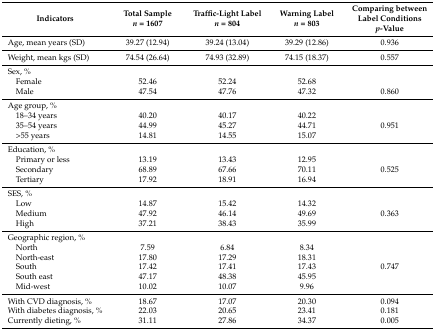
| Indicators | Total Sample n = 1607 | Traffic-Light Label n = 804 | Warning Label n = 803 | Comparing between Label Conditions p-Value |
 | --- | --- | --- | --- | --- |
 | Age, mean years (SD) | 39.27 (12.94) | 39.24 (13.04) | 39.29 (12.86) | 0.936 |
 | Weight, mean kgs (SD) | 74.54 (26.64) | 74.93 (32.89) | 74.15 (18.37) | 0.557 |
 | Sex, % |  |  |  |  |
 | Female | 52.46 | 52.24 | 52.68 |  |
 | Male | 47.54 | 47.76 | 47.32 | 0.860 |
 | Age group, % |  |  |  |  |
 | 18–34 years | 40.20 | 40.17 | 40.22 |  |
 | 35–54 years | 44.99 | 45.27 | 44.71 | 0.951 |
 | >55 years | 14.81 | 14.55 | 15.07 |  |
 | Education, % |  |  |  |  |
 | Primary or less | 13.19 | 13.43 | 12.95 |  |
 | Secondary | 68.89 | 67.66 | 70.11 | 0.525 |
 | Tertiary | 17.92 | 18.91 | 16.94 |  |
 | SES, % |  |  |  |  |
 | Low | 14.87 | 15.42 | 14.32 |  |
 | Medium | 47.92 | 46.14 | 49.69 | 0.363 |
 | High | 37.21 | 38.43 | 35.99 |  |
 | Geographic region, % |  |  |  |  |
 | North | 7.59 | 6.84 | 8.34 |  |
 | North-east | 17.80 | 17.29 | 18.31 |  |
 | South | 17.42 | 17.41 | 17.43 | 0.747 |
 | South east | 47.17 | 48.38 | 45.95 |  |
 | Mid-west | 10.02 | 10.07 | 9.96 |  |
 | With CVD diagnosis, % | 18.67 | 17.07 | 20.30 | 0.094 |
 | With diabetes diagnosis, % | 22.03 | 20.65 | 23.41 | 0.181 |
 | Currently dieting, % | 31.11 | 27.86 | 34.37 | 0.005 |